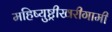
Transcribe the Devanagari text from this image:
महिष्युष्ट्रीखरीगामी